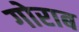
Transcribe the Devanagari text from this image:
गोराब